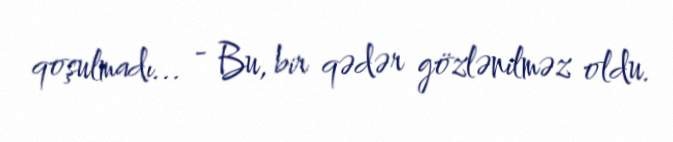
qoşulmadı... - Bu, bir qədər gözlənilməz oldu.